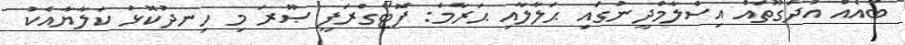
ބައެއް އުދަގޫތައް އިސްލާމްދީނުގައި ޙަލާލާއި ޙަރާމް: ފޮޓޯގްރަފީ ޞޫރަ މި ހިނދުކޮޅު ކަލާޔާއެކު